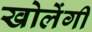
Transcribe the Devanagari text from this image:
खोलेंगी